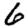
Digit: 6